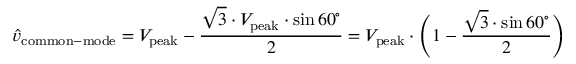
{ \hat { v } } _ { \mathrm { c o m m o n - m o d e } } = V _ { \mathrm { p e a k } } - { \frac { { \sqrt { 3 } } \cdot V _ { \mathrm { p e a k } } \cdot \sin 6 0 ^ { \circ } } { 2 } } = V _ { \mathrm { p e a k } } \cdot { \Biggl ( } 1 - { \frac { { \sqrt { 3 } } \cdot \sin 6 0 ^ { \circ } } { 2 } } { \Biggl ) }